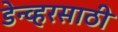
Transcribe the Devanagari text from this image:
डेन्व्हरसाठी